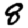
Digit: 8